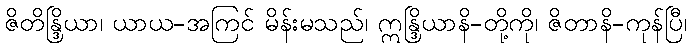
ဇိတိန္ဒြိယာ၊ ယာယ-အကြင် မိန်းမသည်၊ ဣန္ဒြိယာနိ-တို့ကို၊ ဇိတာနိ-ကုန်ပြီ၊